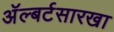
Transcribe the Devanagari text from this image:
अॅल्बर्टसारखा